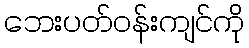
ဘေးပတ်ဝန်းကျင်ကို